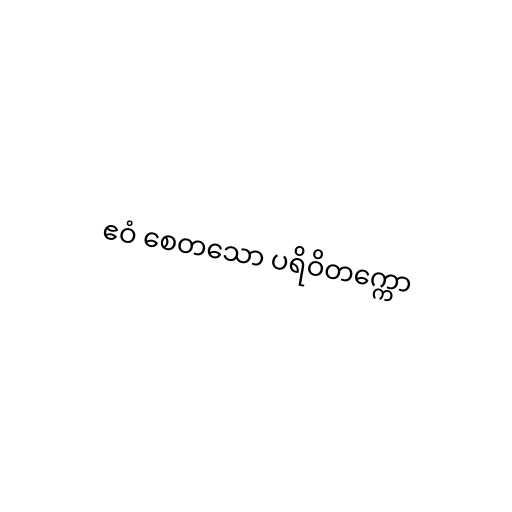
ဧဝံ စေတသော ပရိဝိတက္ကော